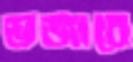
ভজাবে